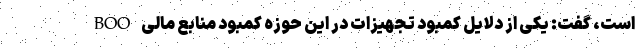
BOO است، گفت: یکی از دلایل کمبود تجهیزات در این حوزه کمبود منابع مالی